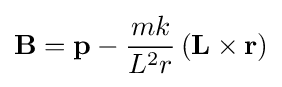
\mathbf {B} =\mathbf {p} -{\frac {mk}{L^{2}r}}\left(\mathbf {L} \times \mathbf {r} \right)